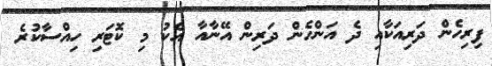
ފިރިހެން ދަރިއަކާއި ދެ އަންހެން ދަރިން އޭނާއާ އެކު މި ކޮޓަރި ހިއްސާކުރެ